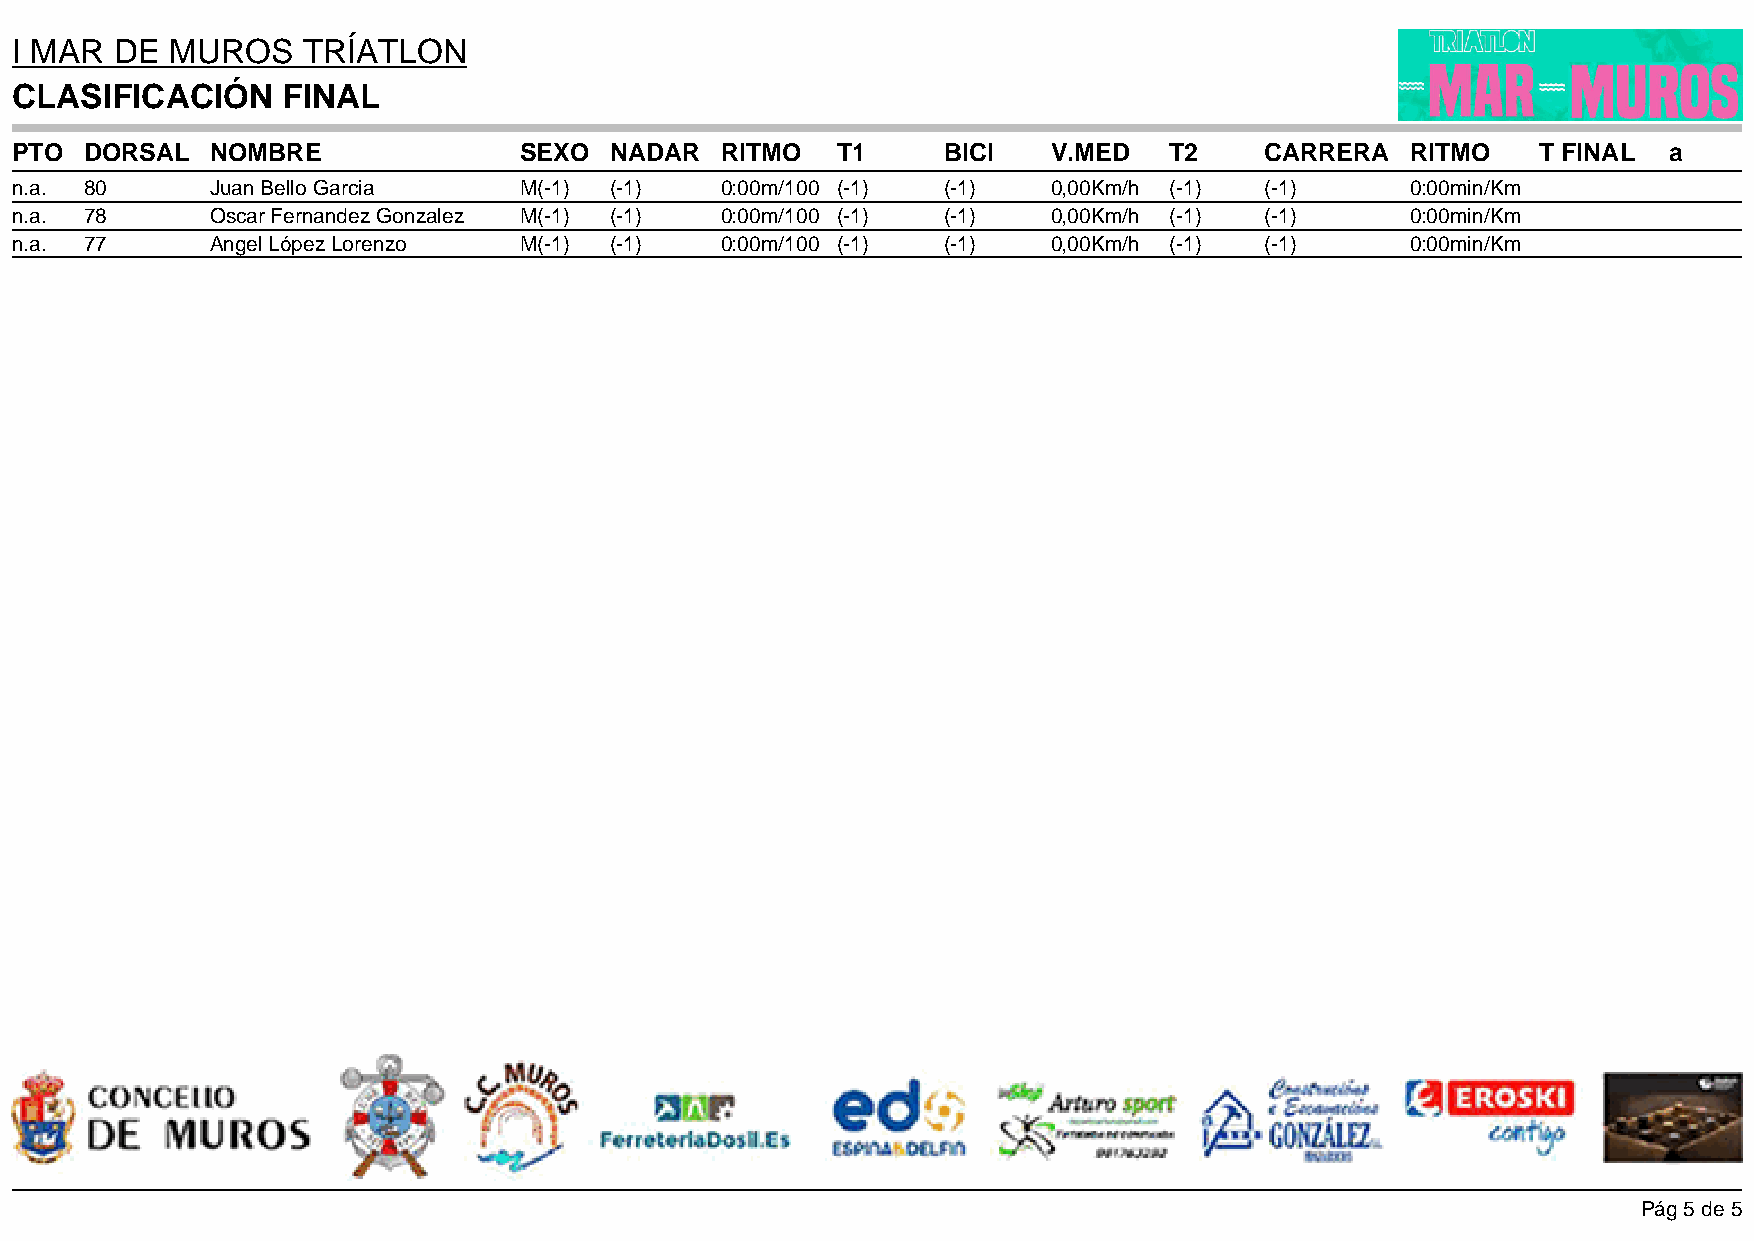
I MAR  DE MUROS    TRÍATLON
 CLASIFICACIÓN     FINAL
 PTO  DORSAL  NOMBRE              SEXO  NADAR   RITMO  T1     BICI    V.MED  T2     CARRERA  RITMO    T FINAL a
 n.a. 80      Juan Bello Garcia   M(-1) (-1)    0:00m/100 (-1) (-1)   0,00Km/h (-1) (-1)     0:00min/Km
 n.a. 78      Oscar Fernandez Gonzalez M(-1) (-1) 0:00m/100 (-1) (-1) 0,00Km/h (-1) (-1)     0:00min/Km
 n.a. 77      Angel López Lorenzo M(-1) (-1)    0:00m/100 (-1) (-1)   0,00Km/h (-1) (-1)     0:00min/Km
 Pág 5 de 5